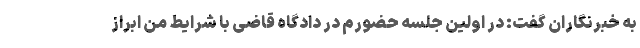
به خبرنگاران گفت: در اولین جلسه حضورم در دادگاه قاضی با شرایط من ابراز